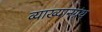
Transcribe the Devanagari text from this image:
व्याख्यानग्रंथ